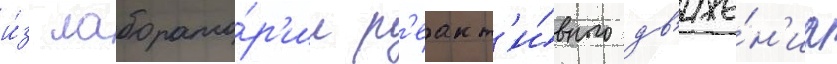
и́з лаборато́р'ии р'еакт'и́вного дв'иже́н'иа